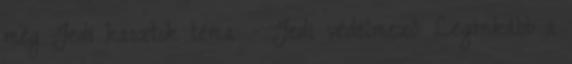
még Jedi kasztok téma: - Jedi védelmező: Leginkább a